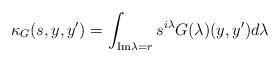
LaTeX: \begin{align*}\kappa_G (s,y,y^\prime)=\int_{{\rm Im}\lambda=r} s^{i\lambda} G(\lambda)(y,y^\prime)d\lambda\end{align*}